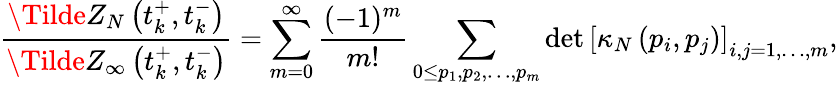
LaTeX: \frac{\Tilde{Z}_{N}\left(t_{k}^{+},t_{k}^{-}\right)}{\Tilde{Z}_{\infty}\left(t_{k}^{+},t_{k}^{-}\right)}=\sum_{m=0}^{\infty}\frac{(-1)^{m}}{m!}\sum_{0\leq p_{1},p_{2},\dots,p_{m}}\operatorname*{det}\left[\kappa_{N}\left(p_{i},p_{j}\right)\right]_{i,j=1,\dots,m},